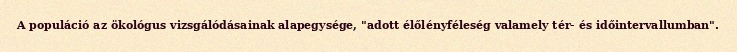
A populáció az ökológus vizsgálódásainak alapegysége, "adott élőlényféleség valamely tér- és időintervallumban".